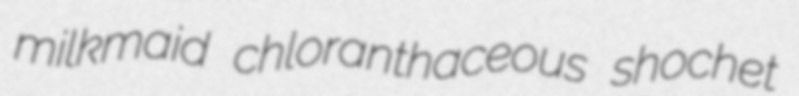
milkmaid chloranthaceous shochet